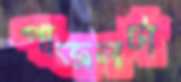
পাজলটা